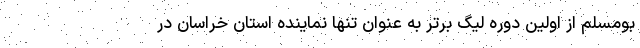
بومسلم از اولین دوره لیگ برتر به عنوان تنها نماینده استان خراسان در